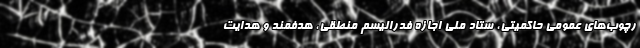
رچوب‌های عمومی حاکمیتی، ستاد ملی اجازه فدرالیسم منطقی، هدفمند و هدایت